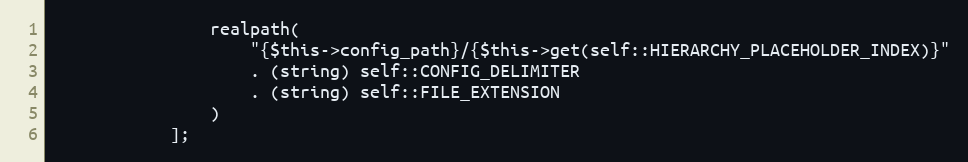
Language: PHP
                realpath(
                    "{$this->config_path}/{$this->get(self::HIERARCHY_PLACEHOLDER_INDEX)}"
                    . (string) self::CONFIG_DELIMITER
                    . (string) self::FILE_EXTENSION
                )
            ];